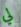
لي